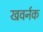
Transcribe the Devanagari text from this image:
खवर्नक